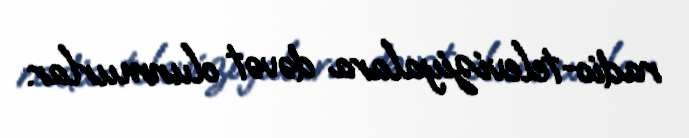
radio-televiziyalara dəvət olunmurlar.